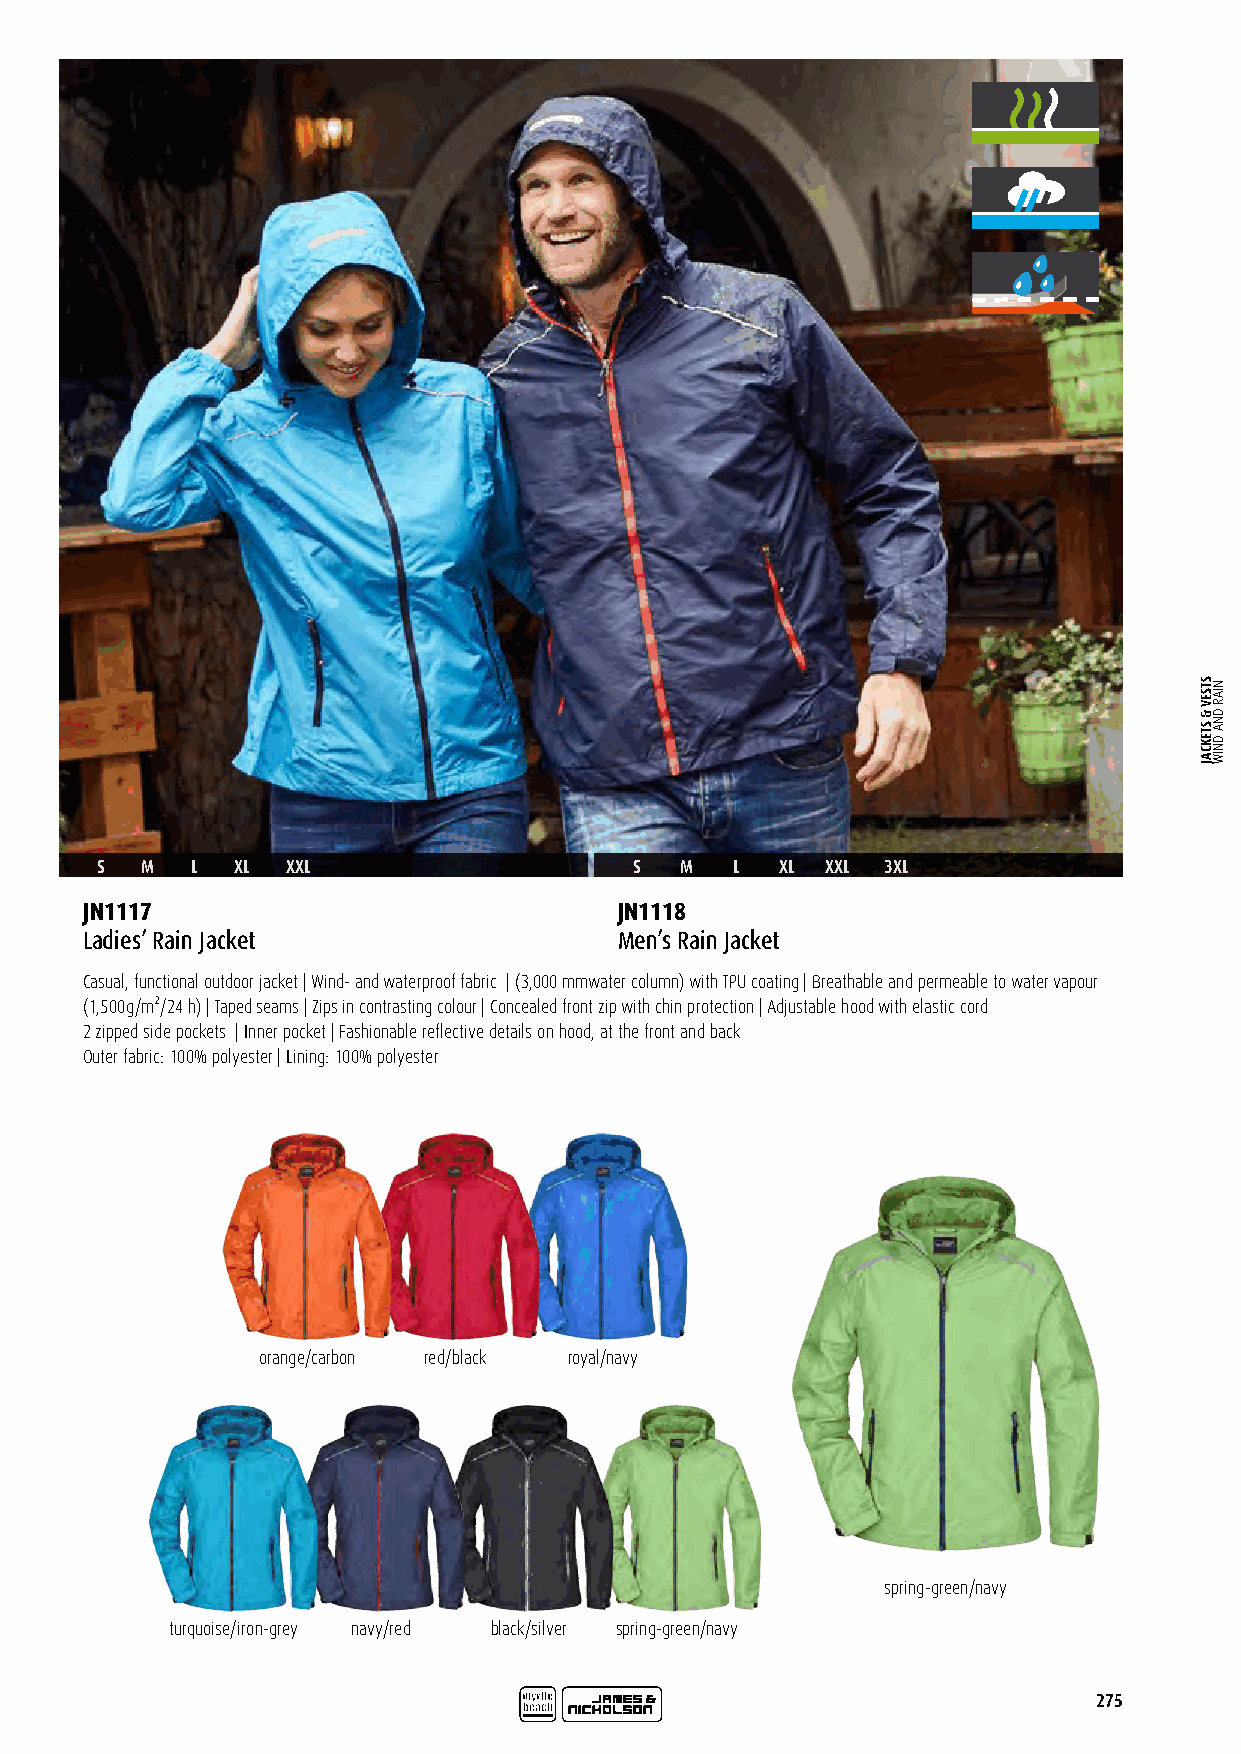
S  M   L  XL XXL                    S  M   L  XL XXL 3XL
 JN1117                              JN1118
 Ladies’ Rain Jacket                 Men’s Rain Jacket
 Casual, functional outdoor jacket | Wind- and waterproof fabric | (3,000 mmwater column) with TPU coating | Breathable and permeable to water vapour
 (1,500g/m²/24 h) | Taped seams | Zips in contrasting colour | Concealed front zip with chin protection | Adjustable hood with elastic cord
 2 zipped side pockets | Inner pocket | Fashionable reflective details on hood, at the front and back
 Outer fabric: 100% polyester | Lining: 100% polyester
 orange/carbon red/black royal/navy
 spring-green/navy
 turquoise/iron-grey navy/red black/silver spring-green/navy
 275
 STSEV
 &
 STEKCAJ
 NIAR
 DNA
 DNIW